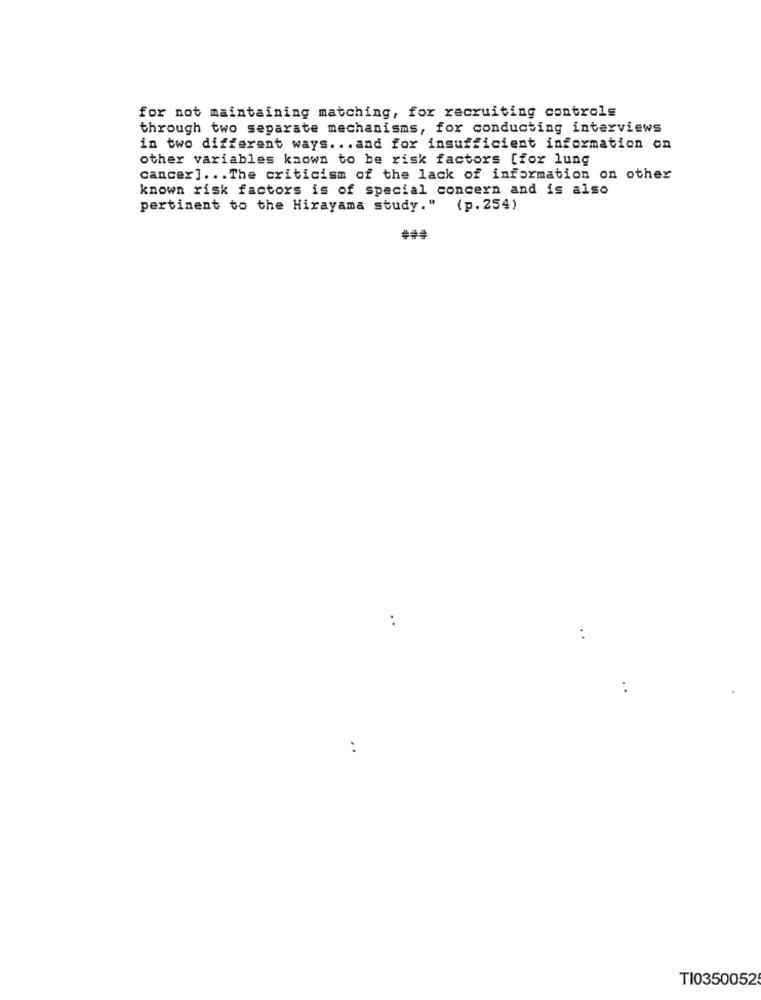
for not maintaining matching, for recruiting controls
through two separate mechanisms, for conducting interviews
in two different ways ... and for insufficient information on
other variables known to be risk factors [for lung
cancer] ... The criticism of the lack of information on other
known risk factors is of special concern and is also
pertinent to the Hirayama study." (p.254)
. .
..
TI0350052